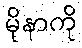
မိုနာကို